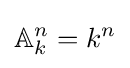
\mathbb {A} _{k}^{n}=k^{n}